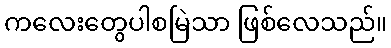
ကလေးတွေပါစမြဲသာ ဖြစ်လေသည်။